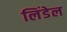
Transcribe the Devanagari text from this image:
लिंडेल